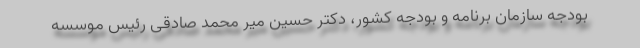
بودجه سازمان برنامه و بودجه كشور، دکتر حسین میر محمد صادقی رئیس موسسه